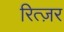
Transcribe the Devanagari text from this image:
रित्ज़र